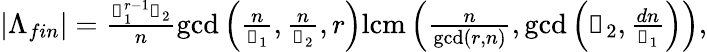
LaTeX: \begin{array}{r}{|\Lambda_{fin}|=\frac{\mathscr{d}_{1}^{r-1}\mathscr{d}_{2}}{n}\operatorname*{gcd}\left(\frac{n}{\mathscr{d}_{1}},\frac{n}{\mathscr{d}_{2}},r\right)\mathrm{lcm}\left(\frac{n}{\operatorname*{gcd}(r,n)},\operatorname*{gcd}\left(\mathscr{d}_{2},\frac{dn}{\mathscr{d}_{1}}\right)\right),}\end{array}